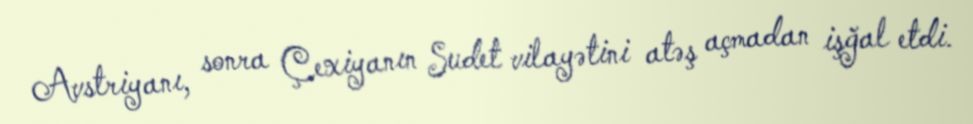
Avstriyanı, sonra Çexiyanın Sudet vilayətini atəş açmadan işğal etdi.